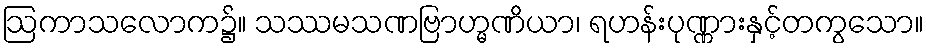
ဩကာသလောက၌။ သဿမသဏဗြာဟ္မဏိယာ၊ ရဟန်းပုဏ္ဏားနှင့်တကွသော။